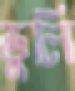
ডুলি